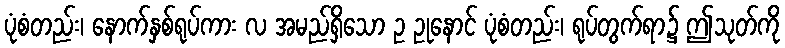
ပုံစံတည်း၊ နောက်နှစ်ရုပ်ကား လ အမည်ရှိသော ဥ ဥုနောင် ပုံစံတည်း၊ ရုပ်တွက်ရာ၌ ဤသုတ်ကို